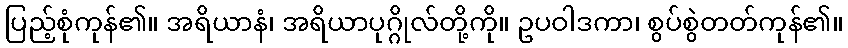
ပြည့်စုံကုန်၏။ အရိယာနံ၊ အရိယာပုဂ္ဂိုလ်တို့ကို။ ဥပဝါဒကာ၊ စွပ်စွဲတတ်ကုန်၏။